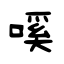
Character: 嗘